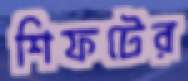
শিফটের